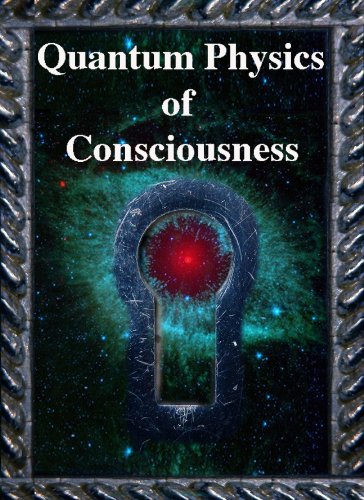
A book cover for Quantum Physics of Consciousness; Roger Penrose; Science & Math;